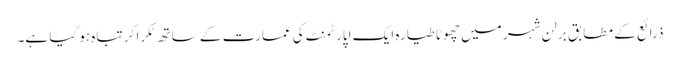
ذرائع کے مطابق برلن شہر میں چھوٹا طیارہ ایک اپارٹمنٹ کی عمارت کے ساتھ ٹکرا کر تباہ ہو گیا ہے۔